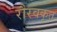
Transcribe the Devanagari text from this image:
रौरवकृत